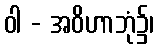
ဝါ - အဝိဟာဘုံ၌၊